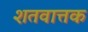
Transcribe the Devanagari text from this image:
शतवात्तक